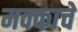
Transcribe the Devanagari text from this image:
मक्काचे